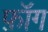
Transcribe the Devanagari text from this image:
फ़ॉग